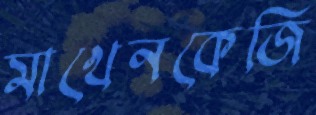
মাখেনকেজি